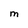
Character: M